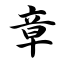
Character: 章